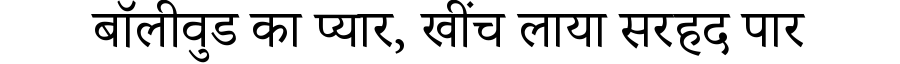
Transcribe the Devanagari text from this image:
बॉलीवुड का प्यार, खींच लाया सरहद पार